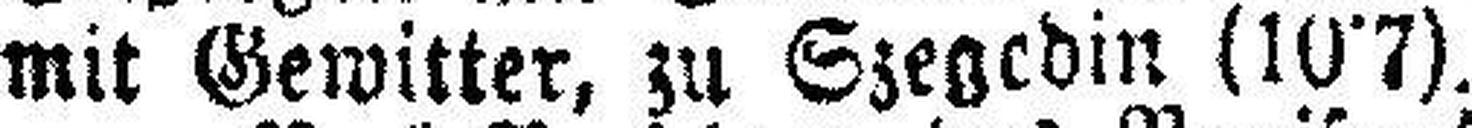
mit Gewitter, zu Szegedin (10˙7).